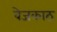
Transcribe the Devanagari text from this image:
वेजकाठ